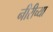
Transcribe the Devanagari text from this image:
नीरीच्या